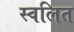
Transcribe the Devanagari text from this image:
स्वलित